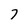
Character: 7